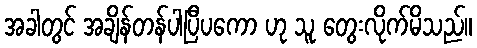
အခါတွင် အချိန်တန်ပါပြီပကော ဟု သူ တွေးလိုက်မိသည်။